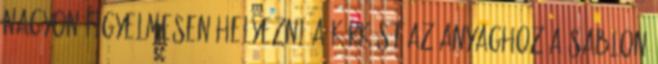
nagyon figyelmesen helyezni a körkést az anyaghoz a sablon